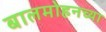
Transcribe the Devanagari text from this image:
बालमोहनच्या